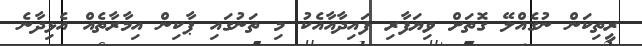
ރީތިކަން ނުގެއްލޭ ގޮތަށް ވިޔަފާރި ފައިދާއާއެކު މި ތަނުގައި ޕާކިން އިމާރާތެއް އެޅިދާނެ